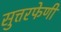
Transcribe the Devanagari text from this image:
सुत्तरफेणी